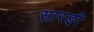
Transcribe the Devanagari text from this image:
सारङी